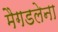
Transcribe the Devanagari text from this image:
मैगडलेना